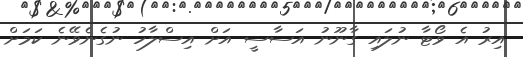
އިރު އެ ވޯޓާ ނުލައި ގާނޫނު އަސާސީ އަށް އިސްލާހު ނުގެނެވޭނެ ކަމަށް